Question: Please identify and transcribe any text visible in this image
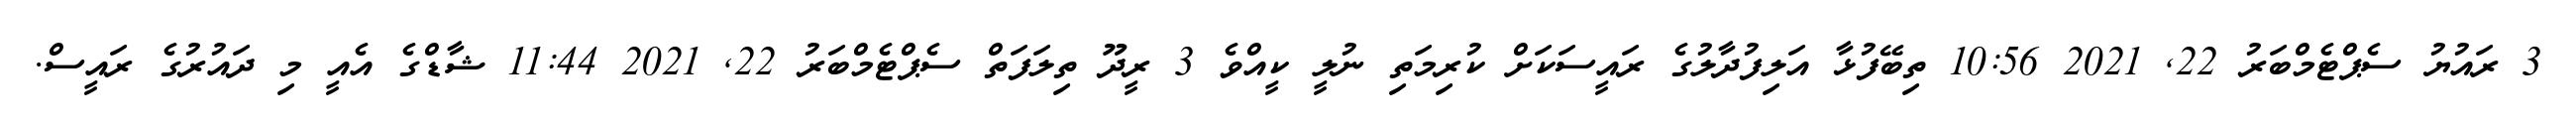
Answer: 3 ރައުޔު ސެޕްޓެމްބަރު 22, 2021 10:56 ތިބޭފުޅާ އަލިފުދާލުގެ ރައީސަކަށް ކުރިމަތި ނުލީ ކީއްވެ 3 ރީދޫ ތިލަފަތް ސެޕްޓެމްބަރު 22, 2021 11:44 ޝާޑްގެ އެއީ މި ދައުރުގެ ރައީސް.